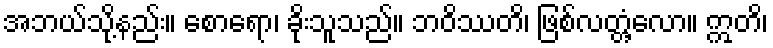
အဘယ်သို့နည်း။ စောရော၊ ခိုးသူသည်။ ဘဝိဿတိ၊ ဖြစ်လတ္တံ့လော။ ဣတိ၊